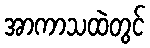
အာကာသထဲတွင်